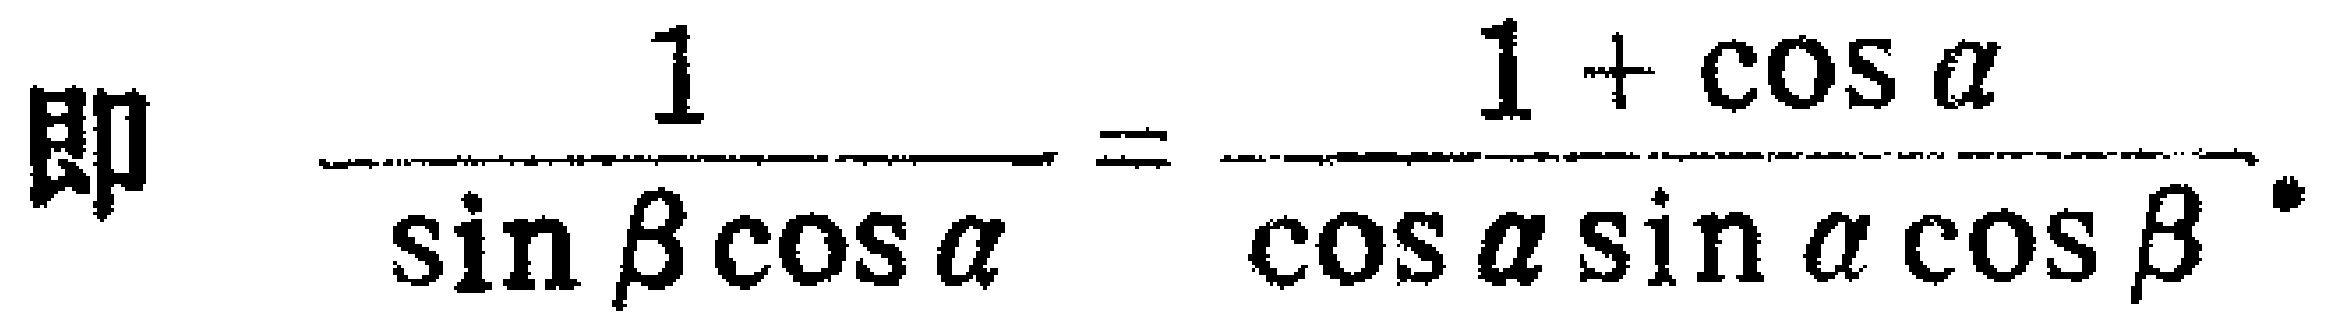
即 \(\frac{1}{\sin\beta\cos\alpha}=\frac{1 + \cos\alpha}{\cos\alpha\sin\alpha\cos\beta}\)。